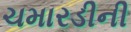
ચમારડીની